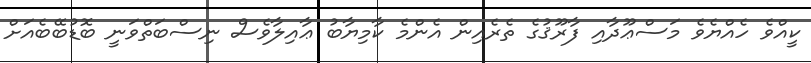
ކީއްވެ ހެއްޔެވެ މަސްޢޫދާއި ފާރޫޤުގެ ތެރެއިން އެންމެ ކާމިޔާބު ޢާއިލާވެސް ނިސްބަތްވަނީ ބޮޑުބޭބެއަށް